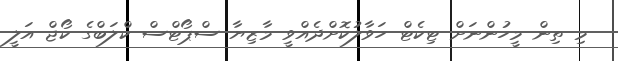
މި ތިން މީހުންނަށް ޓިކެޓް ހަވާލުކޮށްދެއްވީ މާޒިޔާ ސްޕޯޓްސް ކްލަބްގެ ކޯޖް އަލީ